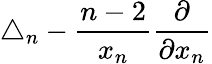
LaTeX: \triangle_{n}-{\frac{n-2}{x_{n}}}{\frac{\partial}{\partial x_{n}}}